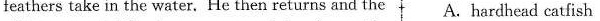
feathers take in the water. He then returns and the A. hardhead catfish